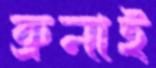
ব্রুনাই